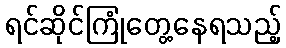
ရင်ဆိုင်ကြုံတွေ့နေရသည့်